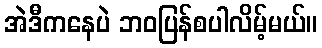
အဲဒီကနေပဲ ဘဝပြန်စပါလိမ့်မယ်။